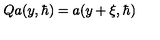
Q a ( y , { \hbar } ) = a ( y + \xi , \hbar )